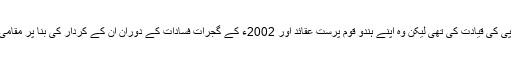
مودی نے 2014ء کے عام انتخابات میں بی جے پی کی قیادت کی تھی لیکن وہ اپنے ہندو قوم پرست عقائد اور 2002ء کے گجرات فسادات کے دوران ان کے کردار کی بنا پر مقامی اور بین الاقوامی سطح پر متنازعہ شخصیت تھے۔